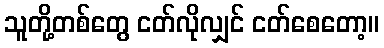
သူတို့တစ်တွေ ငတ်လိုလျှင် ငတ်စေတော့။